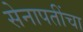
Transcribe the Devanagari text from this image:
सेनापतींचा